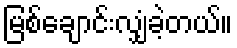
မြစ်ချောင်းလျှံခဲ့တယ်။